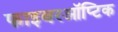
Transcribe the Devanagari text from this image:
फाइबरऑप्टिक